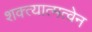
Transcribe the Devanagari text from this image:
शक्त्यात्मत्वेन